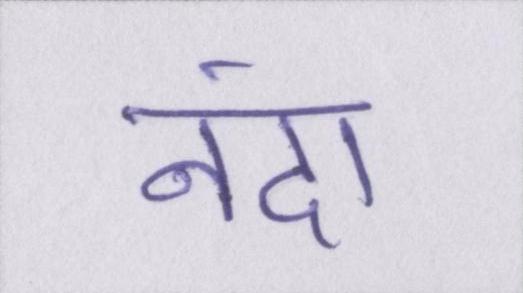
नंदा